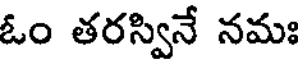
ఓం తరస్వినే నమః